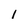
Character: 1